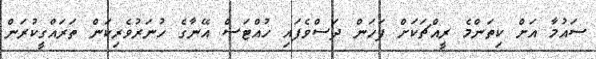
ސައުމާ އަށް ކިތަންމެ ރީއްޗަކަށް ފަހަން ދަސްވެފައި ހުއްޓަސް އޭނާގެ ހުނަރުވެރިކަން ތަރައްގީކުރަން